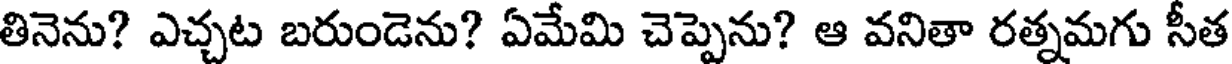
తినెను? ఎచ్చట బరుండెను? ఏమేమి చెప్పెను? ఆ వనితా రత్నమగు సీత